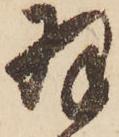
羽